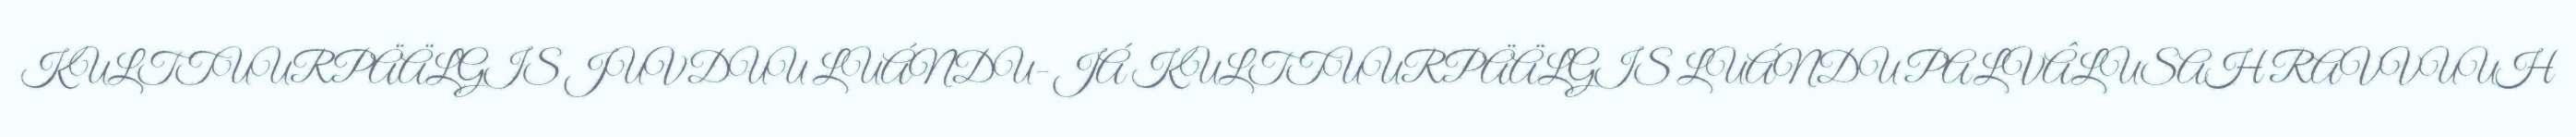
KULTTUURPÄÄLGIS JUVDUU LUÁNDU- JÁ KULTTUURPÄÄLGIS LUÁNDU PALVÂLUSAH RAVVUUH